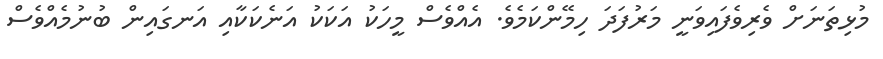
މުޅިތަނަށް ވެރިވެފައިވަނީ މަރުފަދަ ހިމޭންކަމެވެ. އެއްވެސް މީހަކު އަކަކު އަނެކަކާއި އަނގައިން ބުނުމެއްވެސް